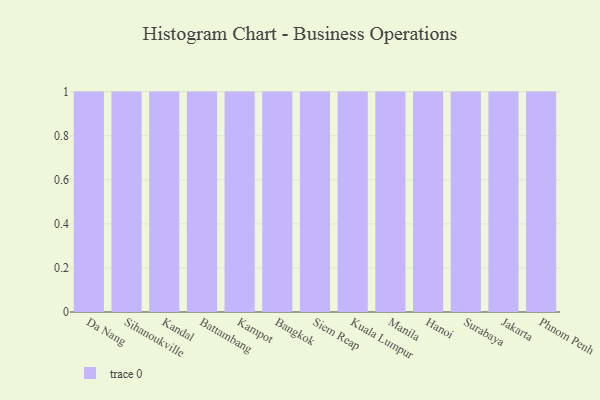
{"axis": {"x": "City", "y": "Waste Production (Tons)"}, "legend": [""], "data": [{"x": "Da Nang", "y": 47, "type": ""}, {"x": "Sihanoukville", "y": 18, "type": ""}, {"x": "Kandal", "y": 78, "type": ""}, {"x": "Battambang", "y": 3, "type": ""}, {"x": "Kampot", "y": 91, "type": ""}, {"x": "Bangkok", "y": 97, "type": ""}, {"x": "Siem Reap", "y": 24, "type": ""}, {"x": "Kuala Lumpur", "y": 41, "type": ""}, {"x": "Manila", "y": 62, "type": ""}, {"x": "Hanoi", "y": 98, "type": ""}, {"x": "Surabaya", "y": 35, "type": ""}, {"x": "Jakarta", "y": 10, "type": ""}, {"x": "Phnom Penh", "y": 29, "type": ""}]}